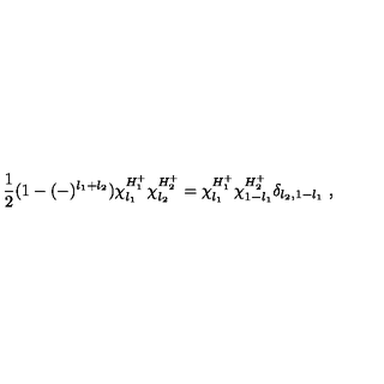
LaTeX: \frac { 1 } { 2 } ( 1 - ( - ) ^ { l _ { 1 } + l _ { 2 } } ) \chi _ { l _ { 1 } } ^ { H _ { 1 } ^ { + } } \chi _ { l _ { 2 } } ^ { H _ { 2 } ^ { + } } = \chi _ { l _ { 1 } } ^ { H _ { 1 } ^ { + } } \chi _ { 1 - l _ { 1 } } ^ { H _ { 2 } ^ { + } } \delta _ { l _ { 2 } , 1 - l _ { 1 } } \ ,